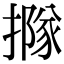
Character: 𢵌